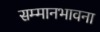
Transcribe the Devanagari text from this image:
सम्मानभावना